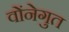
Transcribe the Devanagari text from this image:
वोंनेगुत